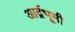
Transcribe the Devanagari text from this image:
आर्द्रभूमी